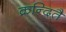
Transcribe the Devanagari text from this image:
क्रन्दितै